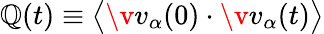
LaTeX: \mathbb{Q}(t)\equiv\bigl\langle\v{{v}}_{\alpha}(0)\cdot\v{{v}}_{\alpha}(t)\bigr\rangle